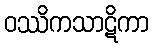
ဝဿိကသာဋိကာ